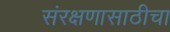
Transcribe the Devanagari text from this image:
संरक्षणासाठीचा